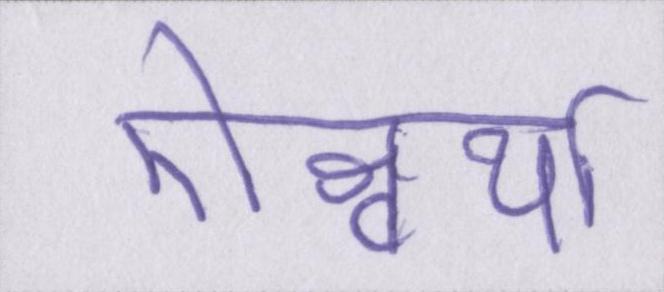
ऐश्वर्या